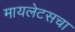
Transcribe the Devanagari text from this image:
मायलेटसचा